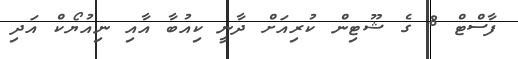
ފާސްޓް 8 ގެ ޝޫޓިން ކުރިއަށް ދާނީ ކިއުބާ އާއި ނިއުޔޯކް އަދި